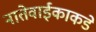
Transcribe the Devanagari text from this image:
नातेवाईकाकडे